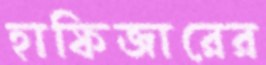
হাফিজারের